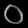
Digit: ၀